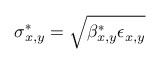
\sigma _ { x , y } ^ { * } = \sqrt { \beta _ { x , y } ^ { * } \epsilon _ { x , y } }